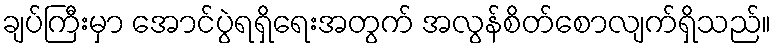
ချပ်ကြီးမှာ အောင်ပွဲရရှိရေးအတွက် အလွန်စိတ်စောလျက်ရှိသည်။